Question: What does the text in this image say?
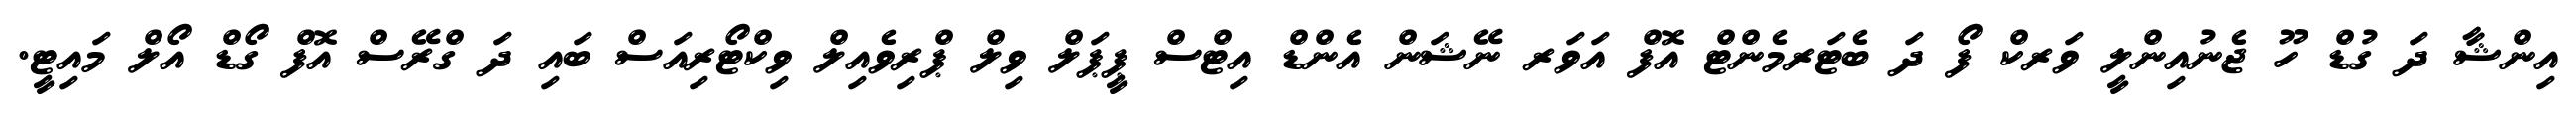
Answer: އިންޝާ ދަ ގުޑް ހޫ ޖެނުއިންލީ ވަރކް ފޯ ދަ ބެޓަރމެންޓް އޮފް އަވަރ ނޭޝަން އެންޑް އިޓްސް ޕީޕަލް ވިލް ޕްރިވެއިލް ވިކްޓޯރިއަސް ބައި ދަ ގްރޭސް އޮފް ގޯޑް އޯލް މައިޓީ.